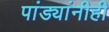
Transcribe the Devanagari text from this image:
पांड्यांनीही